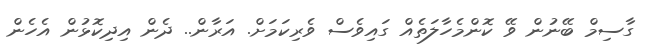
ގާސިމް ބޭނުން ވޭ ކޮންމެހާލަތެއް ގައިވެސް ވެރިކަމަށް. އަރާން.. ދެން އިދިކޮޅުން އެހެން